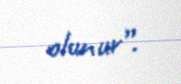
olunur”.